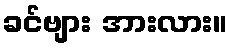
ခင်ဗျား အားလား။